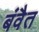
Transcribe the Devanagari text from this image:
बंवैत